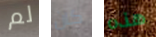
لم كان هذه